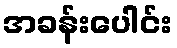
အခန်းပေါင်း